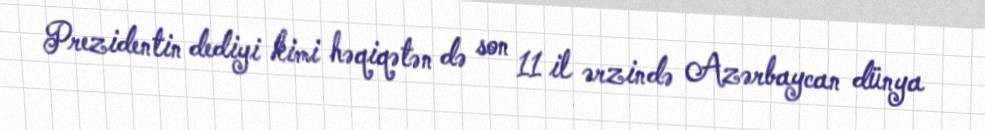
Prezidentin dediyi kimi həqiqətən də son 11 il ərzində Azərbaycan dünya